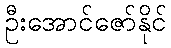
ဦးအောင်ဇော်နိုင်